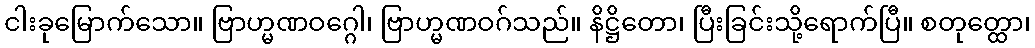
ငါးခုမြောက်သော။ ဗြာဟ္မဏဝဂ္ဂေါ၊ ဗြာဟ္မဏဝဂ်သည်။ နိဋ္ဌိတော၊ ပြီးခြင်းသို့ရောက်ပြီ။ စတုတ္ထော၊